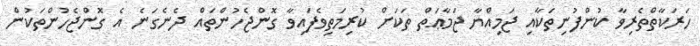
ހަރަކާތްތެރިވާ ކުންފުނިތަކާއި ޖަމިއްޔާ ޖަމާޢަތް ތަކަށް ކުރިމަތިވެފައިވާ ގޮންޖެހުންތައް ދެނެގަނެ އެ ގޮންޖެހުންތަކުން